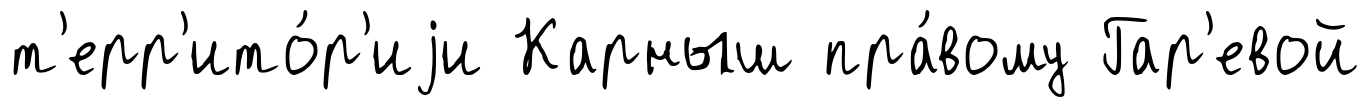
т'ерр'ито́р'иjи Карныш пра́вому Гар'евой